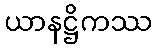
ယာနဋ္ဌိကဿ